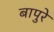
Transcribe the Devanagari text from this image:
बापुरे